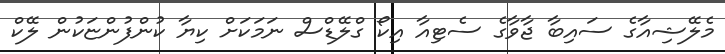
މެލޭޝިއާގެ ސައިބާ ޖާވާގެ ސެޓިއާ އިކޯ ގްލޭޑްސް ނަމަކަށް ކިޔާ ކުންފުންޏަކުން ލޭކް